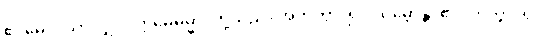
ဧဝမေဝ၊ သာလျှင်။ ဣမေဓမ္မာ၊ တို့သည်။ အဟုတွာ၊ ၍။ သမ္ဘောန္တိ၊ ၏။ ဟုတွာ၊ ၍။